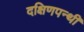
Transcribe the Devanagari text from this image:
दक्षिणपन्थी